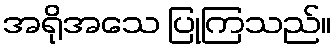
အရိုအသေ ပြုကြသည်။